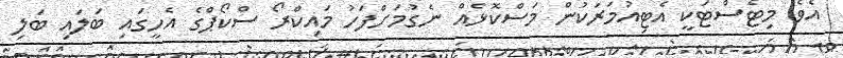
އެވެ. މިޓެސްޓަކީ އެޓިއުމަރަކުން މަސްކޮޅެއް ނެގުމަށްފަހު މައިކްރޯ ސްކޯޕްގެ އެހީގައި ބަލައި ބަލި